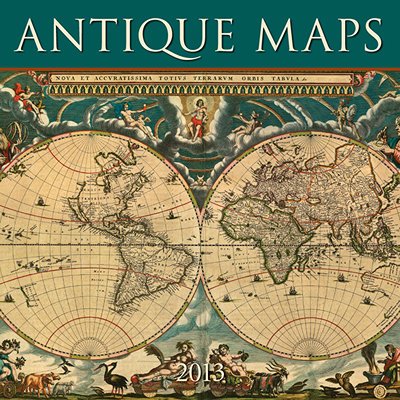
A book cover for Antique Maps 2013 Wall Calendar; Calendar Ink; Calendars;